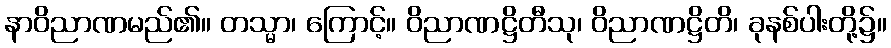
နာဝိညာဏမည်၏။ တသ္မာ၊ ကြောင့်။ ဝိညာဏဋ္ဌိတီသု၊ ဝိညာဏဋ္ဌိတိ၊ ခုနစ်ပါးတို့၌။